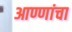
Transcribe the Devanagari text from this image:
आण्णांचा